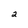
Character: 2